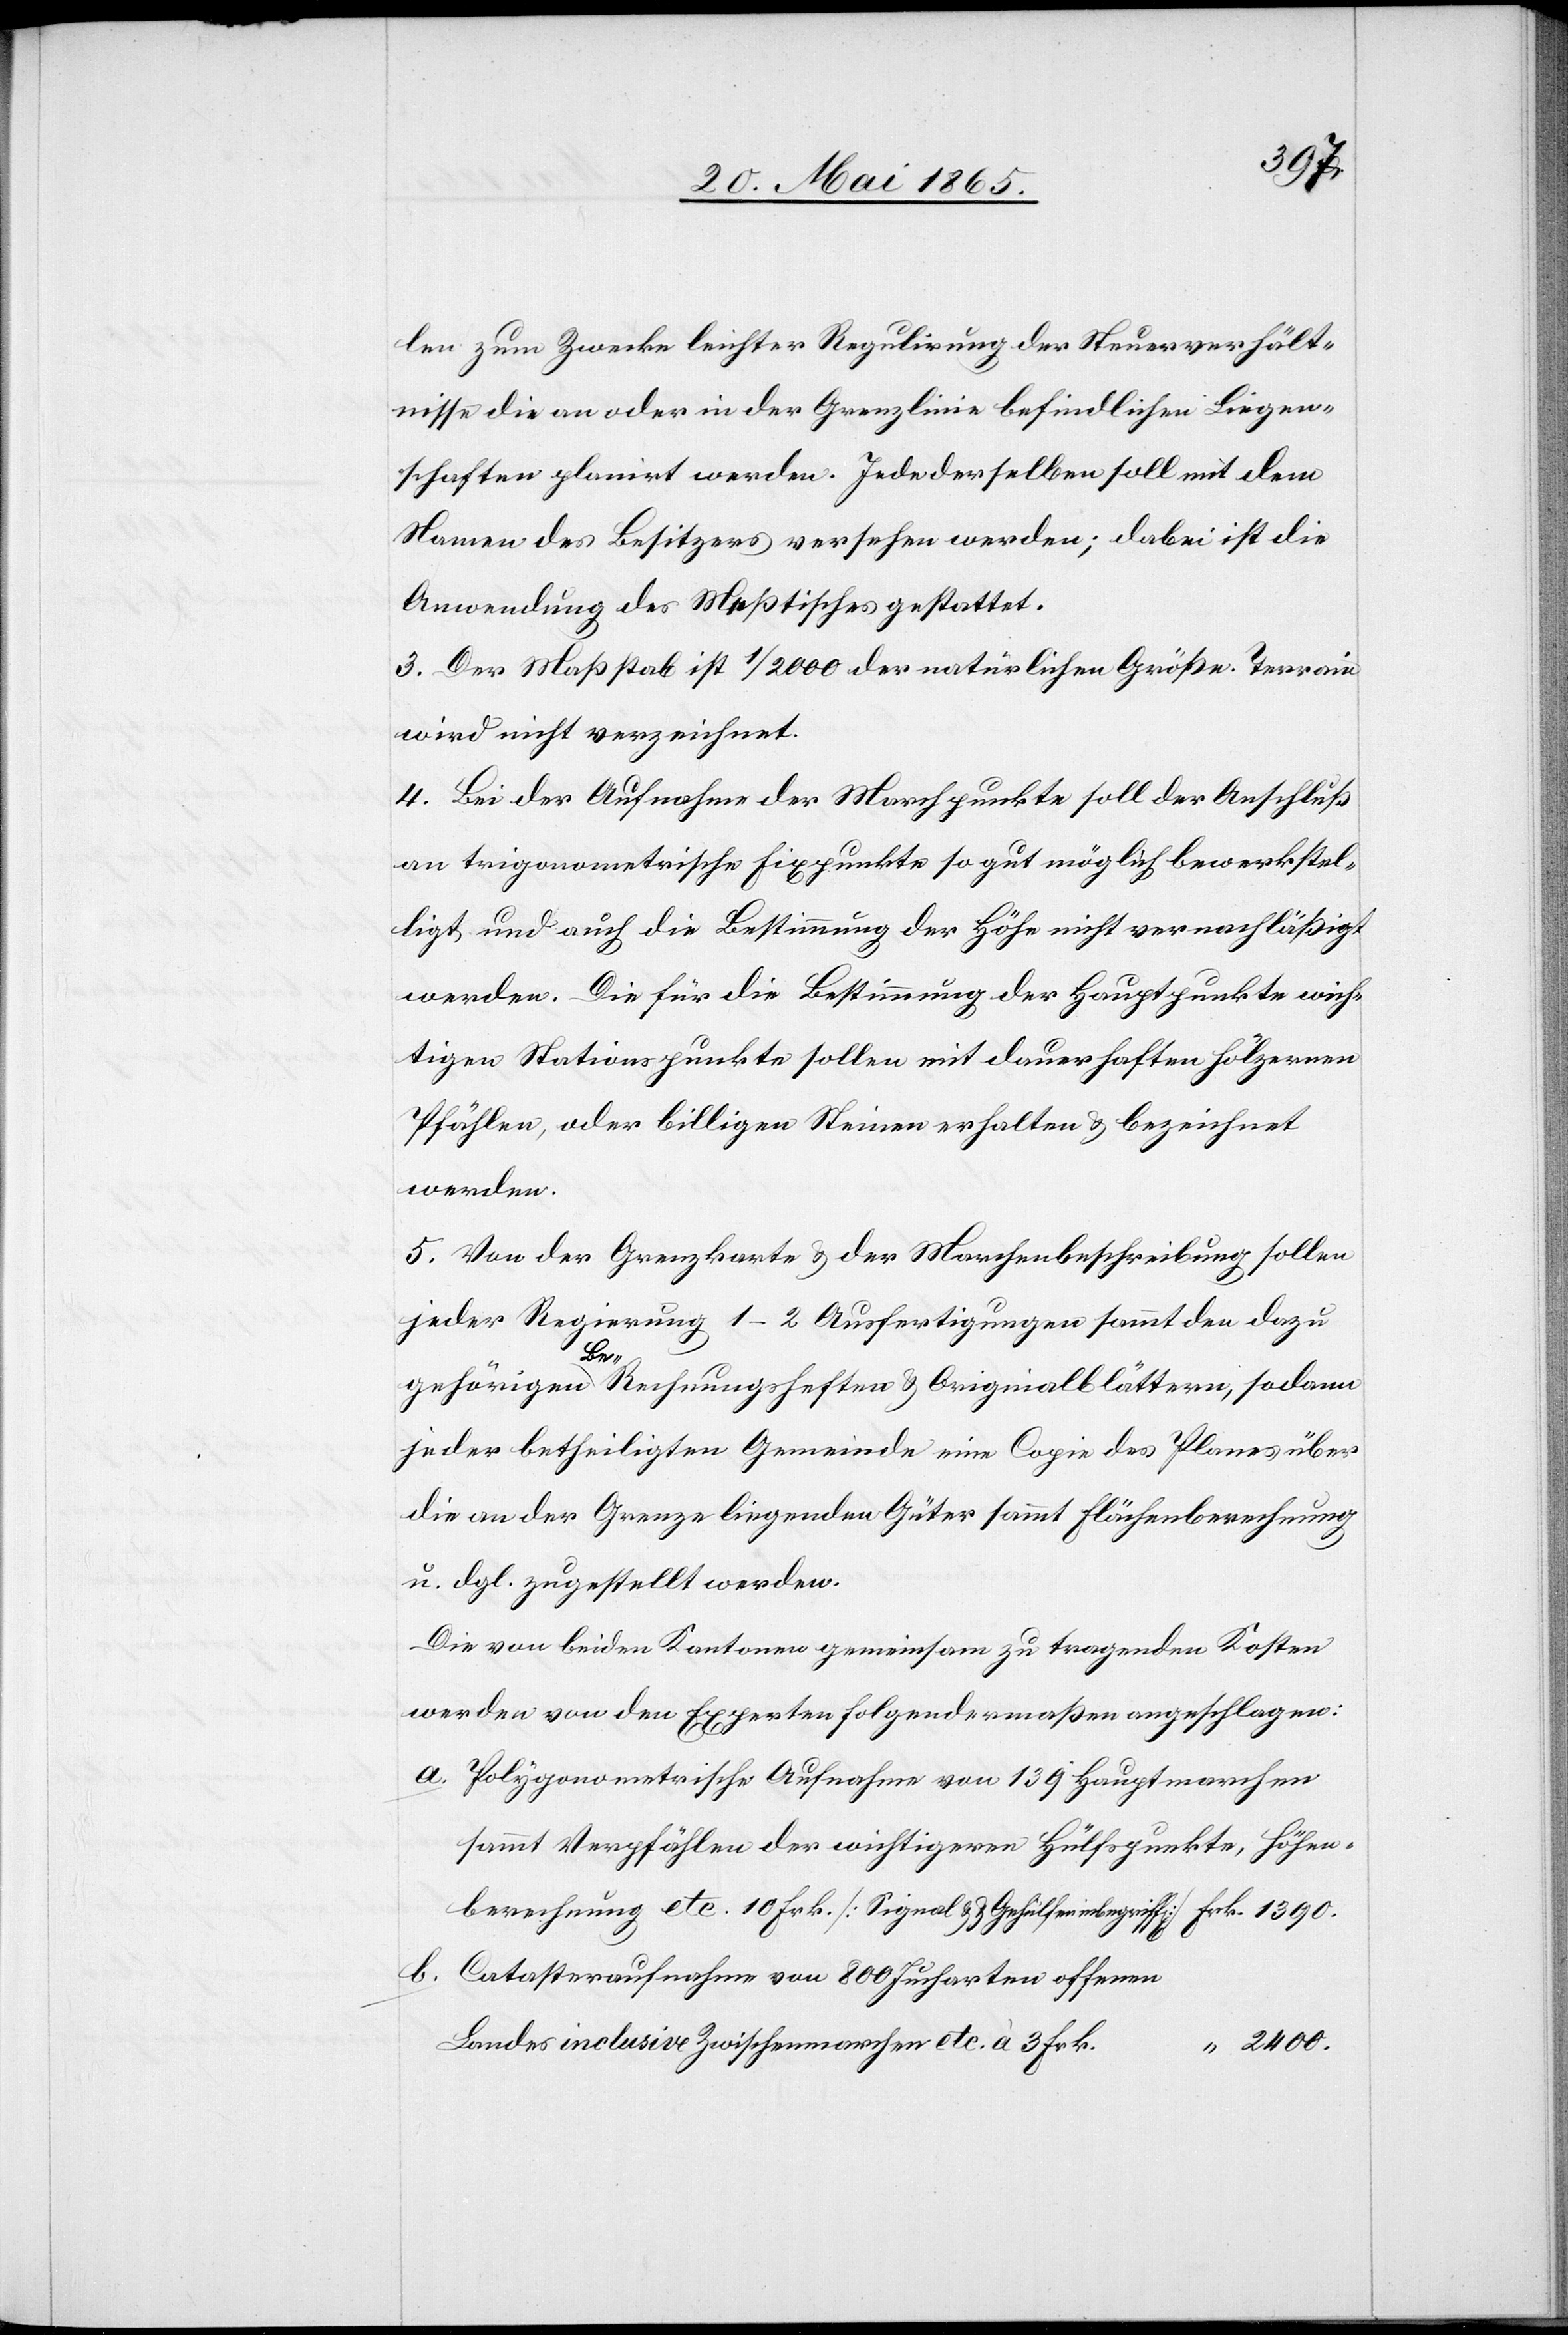
len zum Zwecke leichter Regulirung der Steuerverhält¬
nisse die an oder in der Grenzlinie befindlichen Liegen¬
schaften planirt werden. Jede derselben soll mit dem
Namen des Besitzers versehen werden; dabei ist die
Anwendung des Meßtisches gestattet.
3. Der Maßstab ist 1/2000 der natürlichen Größe. Terrain
wird nicht verzeichnet.
4. Bei der Aufnahme der Marchpunkte soll der Anschluß
an trigonometrische Fixpunkte so gut möglich bewerkstel¬
ligt und auch die Bestimmung der Höhe nicht vernachläßigt
werden. Die für die Bestimmung der Hauptpunkte wich¬
tigen Stationspunkte sollen mit dauerhaften hölzernen
Pfählen, oder billigen Steinen erhalten & bezeichnet
werden.
5. Von der Grenzkarte & der Marchenbeschreibung sollen
jeder Regierung 1–2 Ausfertigungen sammt den dazu
gehörigen Berechnungsheften & Originalblättern, sodann
jeder betheiligten Gemeinde eine Copie des Planes über
die an der Grenze liegenden Güter sammt Flächenberechnung
u. dgl. zugestellt werden.
Die von beiden Kantonen gemeinsam zu tragenden Kosten
werden von den Experten folgendermaßen angeschlagen:
Polygonometrische Aufnahme von 139 Hauptmarchen
sammt Verpfählen der wichtigeren Hülfspunkte, Höhen¬
berechnung etc. 10 Frk. [Signal & & Gehülfen inbegriff[en]]
Catasteraufnahme von 800 Jucharten offenen
Landes inclusive Zwischenmarchen etc. à 3 Frk.
2400.